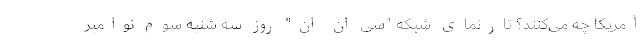
آمریکا چه می‌کنند؟ تارنمای شبکه "سی ان ان" روز سه شنبه سوم نوامبر